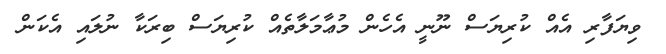
ވިޔަފާރި އެއް ކުރިޔަސް ނޫނީ އެހެން މުޢާމަލާތެއް ކުރިޔަސް ބިރަކާ ނުލައި އެކަން